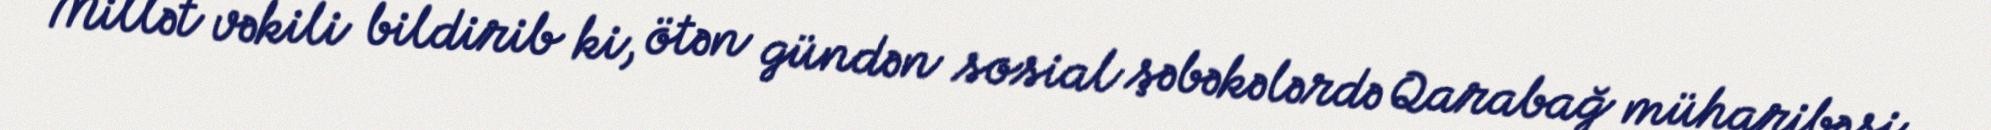
Millət vəkili bildirib ki, ötən gündən sosial şəbəkələrdə Qarabağ müharibəsi